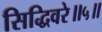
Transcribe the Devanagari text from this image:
सिद्धिवरे॥५॥